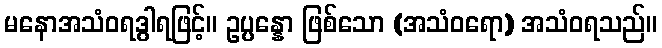
မနောအသံဝရဒွါရဖြင့်။ ဥပ္ပန္နော ဖြစ်သော (အသံဝရော) အသံဝရသည်။